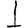
Digit: 1